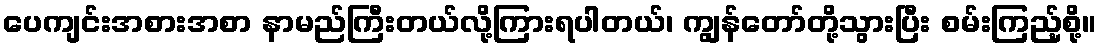
ပေကျင်းအစားအစာ နာမည်ကြီးတယ်လို့ကြားရပါတယ်၊ ကျွန်တော်တို့သွားပြီး စမ်းကြည့်စို့။